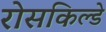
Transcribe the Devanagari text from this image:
रोसकिल्डे